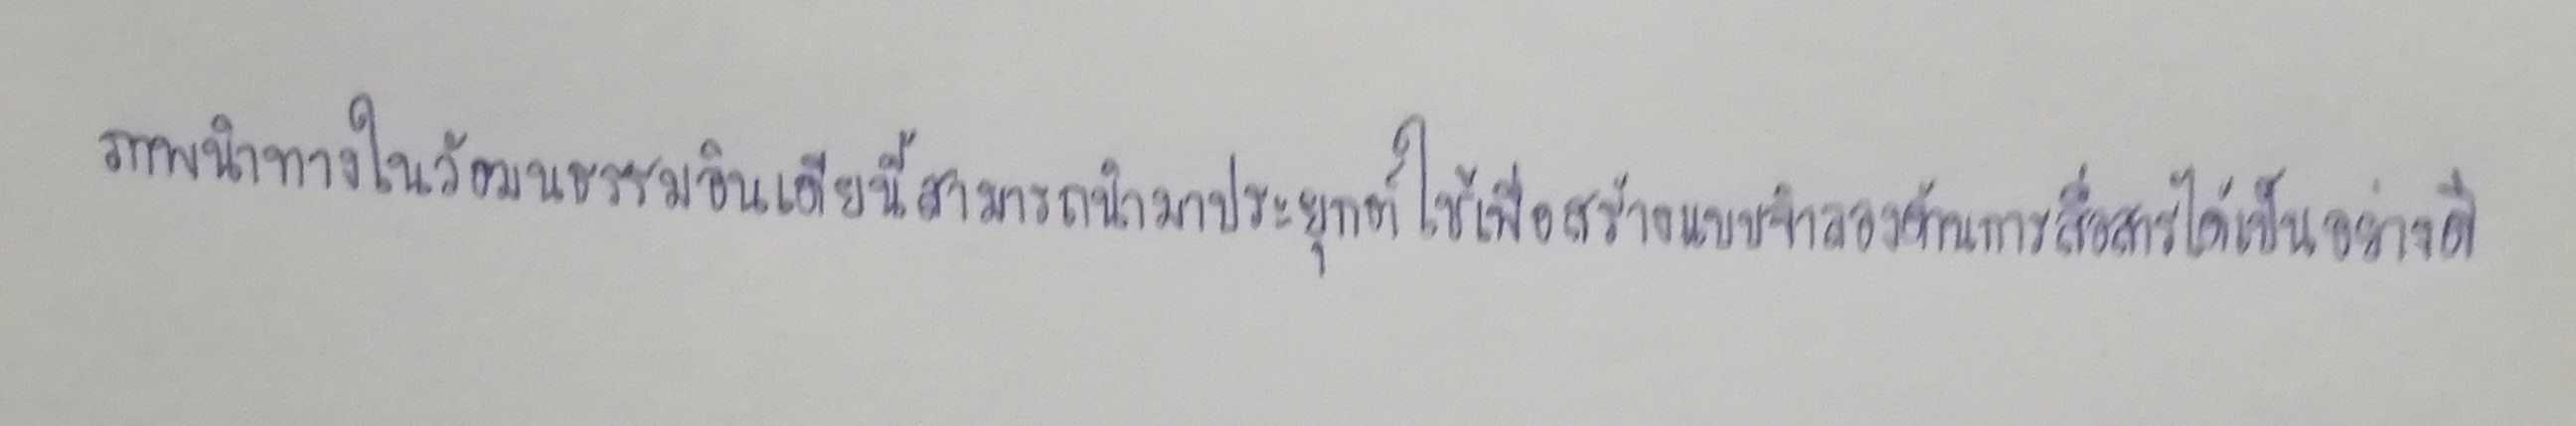
ภาพนำทางในวัฒนธรรมอินเดียนี้สามารถนำมาประยุกต์ใช้เพื่อสร้างแบบจำลองด้านการสื่อสารได้เป็นอย่างดี